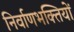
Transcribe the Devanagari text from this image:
निर्वाणभक्तियों